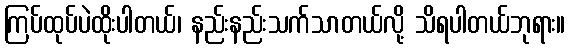
ကြပ်ထုပ်ပဲထိုးပါတယ်၊ နည်းနည်းသက်သာတယ်လို့ သိရပါတယ်ဘုရား။